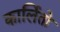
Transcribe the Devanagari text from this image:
कार्लितो